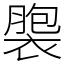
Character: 褜